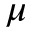
\mu